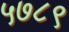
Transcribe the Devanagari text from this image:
५७८९